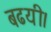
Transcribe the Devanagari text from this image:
बढयी।